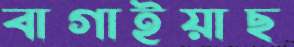
বাগাইয়াছ